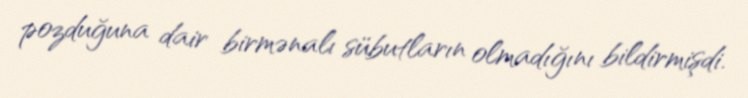
pozduğuna dair birmənalı sübutların olmadığını bildirmişdi.